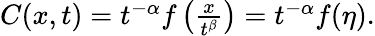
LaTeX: \begin{array}{r}{C(x,t)=t^{-\alpha}f\left(\frac{x}{t^{\beta}}\right)=t^{-\alpha}f(\eta).}\end{array}